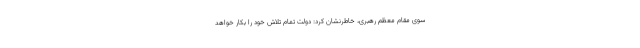
سوی مقام معظم رهبری، خاطرنشان کرد: دولت تمام تلاش خود را بکار خواهد